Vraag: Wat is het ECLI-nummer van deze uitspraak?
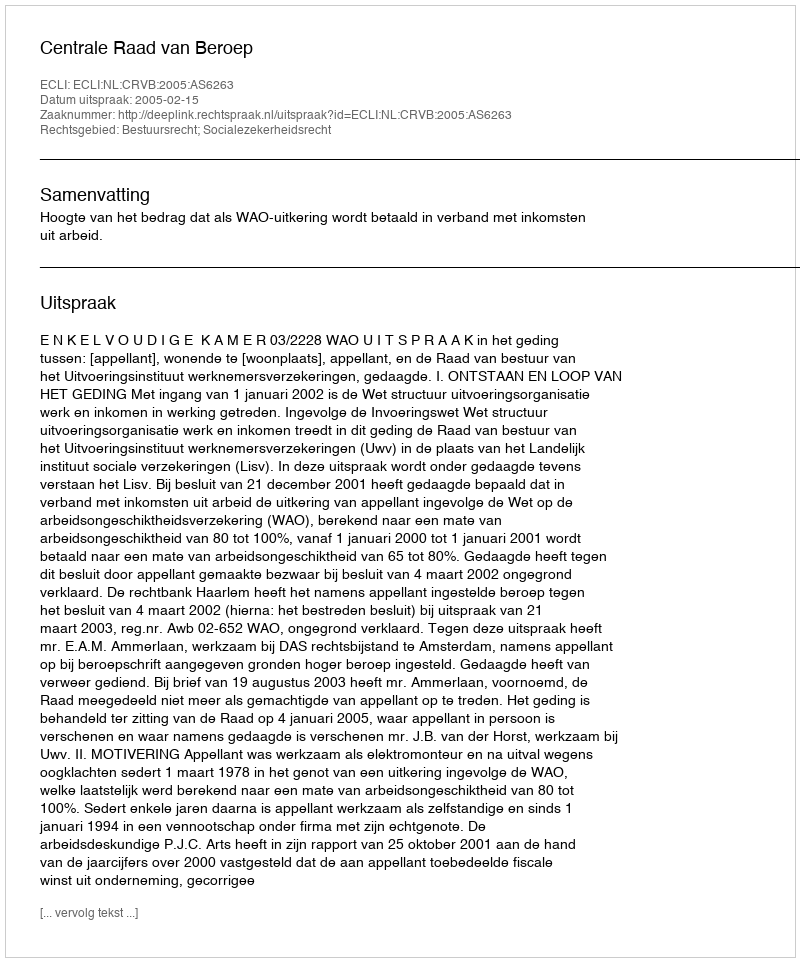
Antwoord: ECLI:NL:CRVB:2005:AS6263